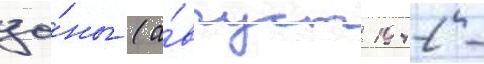
зо́ны (а́вгуст 1942 -